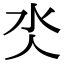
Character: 氼